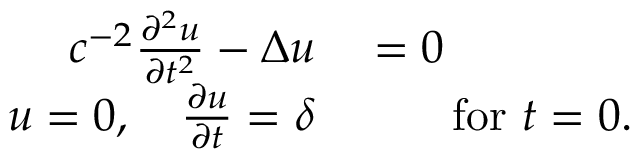
\begin{array} { r l } { c ^ { - 2 } { \frac { \partial ^ { 2 } u } { \partial t ^ { 2 } } } - \Delta u } & { { } = 0 } \\ { u = 0 , \quad { \frac { \partial u } { \partial t } } = \delta } & { { } \qquad { \mathrm { f o r ~ } } t = 0 . } \end{array}